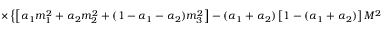
\times \left\{ \left[ \alpha _ { 1 } m _ { 1 } ^ { 2 } + \alpha _ { 2 } m _ { 2 } ^ { 2 } + ( 1 - \alpha _ { 1 } - \alpha _ { 2 } ) m _ { 3 } ^ { 2 } \right] - ( \alpha _ { 1 } + \alpha _ { 2 } ) \left[ 1 - ( \alpha _ { 1 } + \alpha _ { 2 } ) \right] M ^ { 2 } - \alpha _ { 1 } \alpha _ { 2 } t \right\} ^ { - 1 } \, .